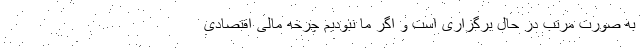
به صورت مرتب در حال برگزاری است و اگر ما نبودیم چرخه مالی اقتصادی